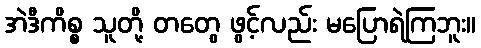
အဲဒီကိစ္စ သူတို့ တတွေ ဖွင့်လည်း မပြောရဲကြဘူး။